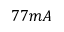
7 7 m A